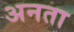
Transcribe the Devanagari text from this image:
अनता